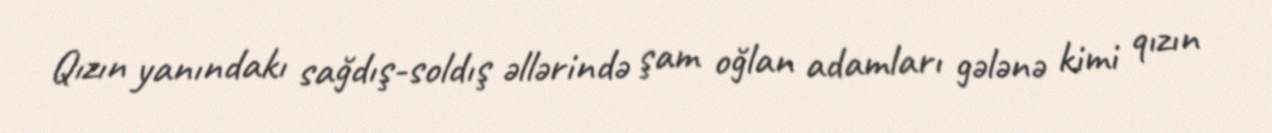
Qızın yanındakı sağdış-soldış əllərində şam oğlan adamları gələnə kimi qızın